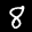
Label: 8